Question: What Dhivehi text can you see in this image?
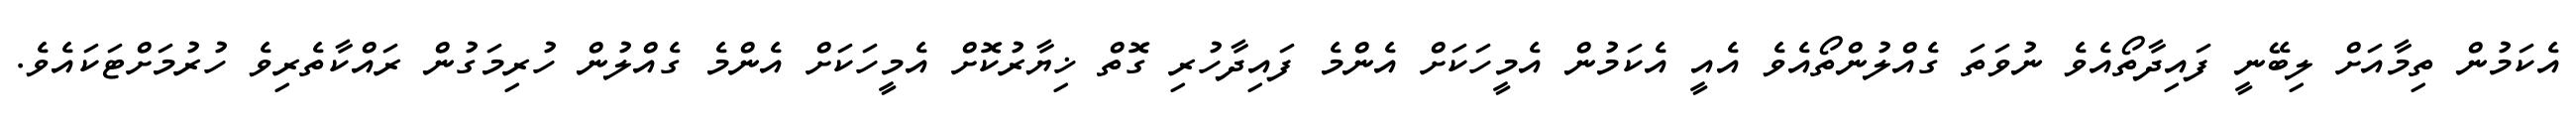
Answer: އެކަމުން ތިމާއަށް ލިބޭނީ ފައިދާތޯއެވެ ނުވަތަ ގެއްލުންތޯއެވެ އެއީ އެކަމުން އެމީހަކަށް އެންމެ ފައިދާހުރި ގޮތް ޚިޔާރުކޮށް އެމީހަކަށް އެންމެ ގެއްލުން ހުރިމަގުން ރައްކާތެރިވެ ހުރުމަށްޓަކައެވެ.